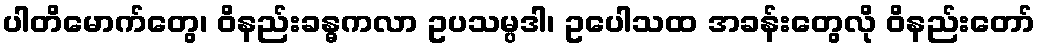
ပါတိမောက်တွေ၊ ဝိနည်းခန္ဓကလာ ဥပသမ္ပဒါ၊ ဥပေါသထ အခန်းတွေလို ဝိနည်းတော်